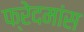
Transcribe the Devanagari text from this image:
फ्रेदमांस